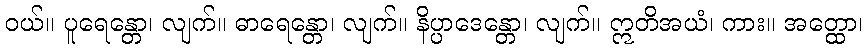
ဝယ်။ ပူရေန္တော၊ လျက်။ ဓာရေန္တော၊ လျက်။ နိပ္ပာဒေန္တော၊ လျက်။ ဣတိအယံ၊ ကား။ အတ္ထော၊